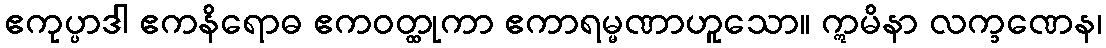
ဧကုပ္ပာဒါ ဧကနိရောဓ ဧကဝတ္ထုကာ ဧကာရမ္မဏာဟူသော။ ဣမိနာ လက္ခဏေန၊